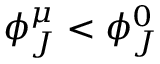
\phi _ { J } ^ { \mu } < \phi _ { J } ^ { 0 }